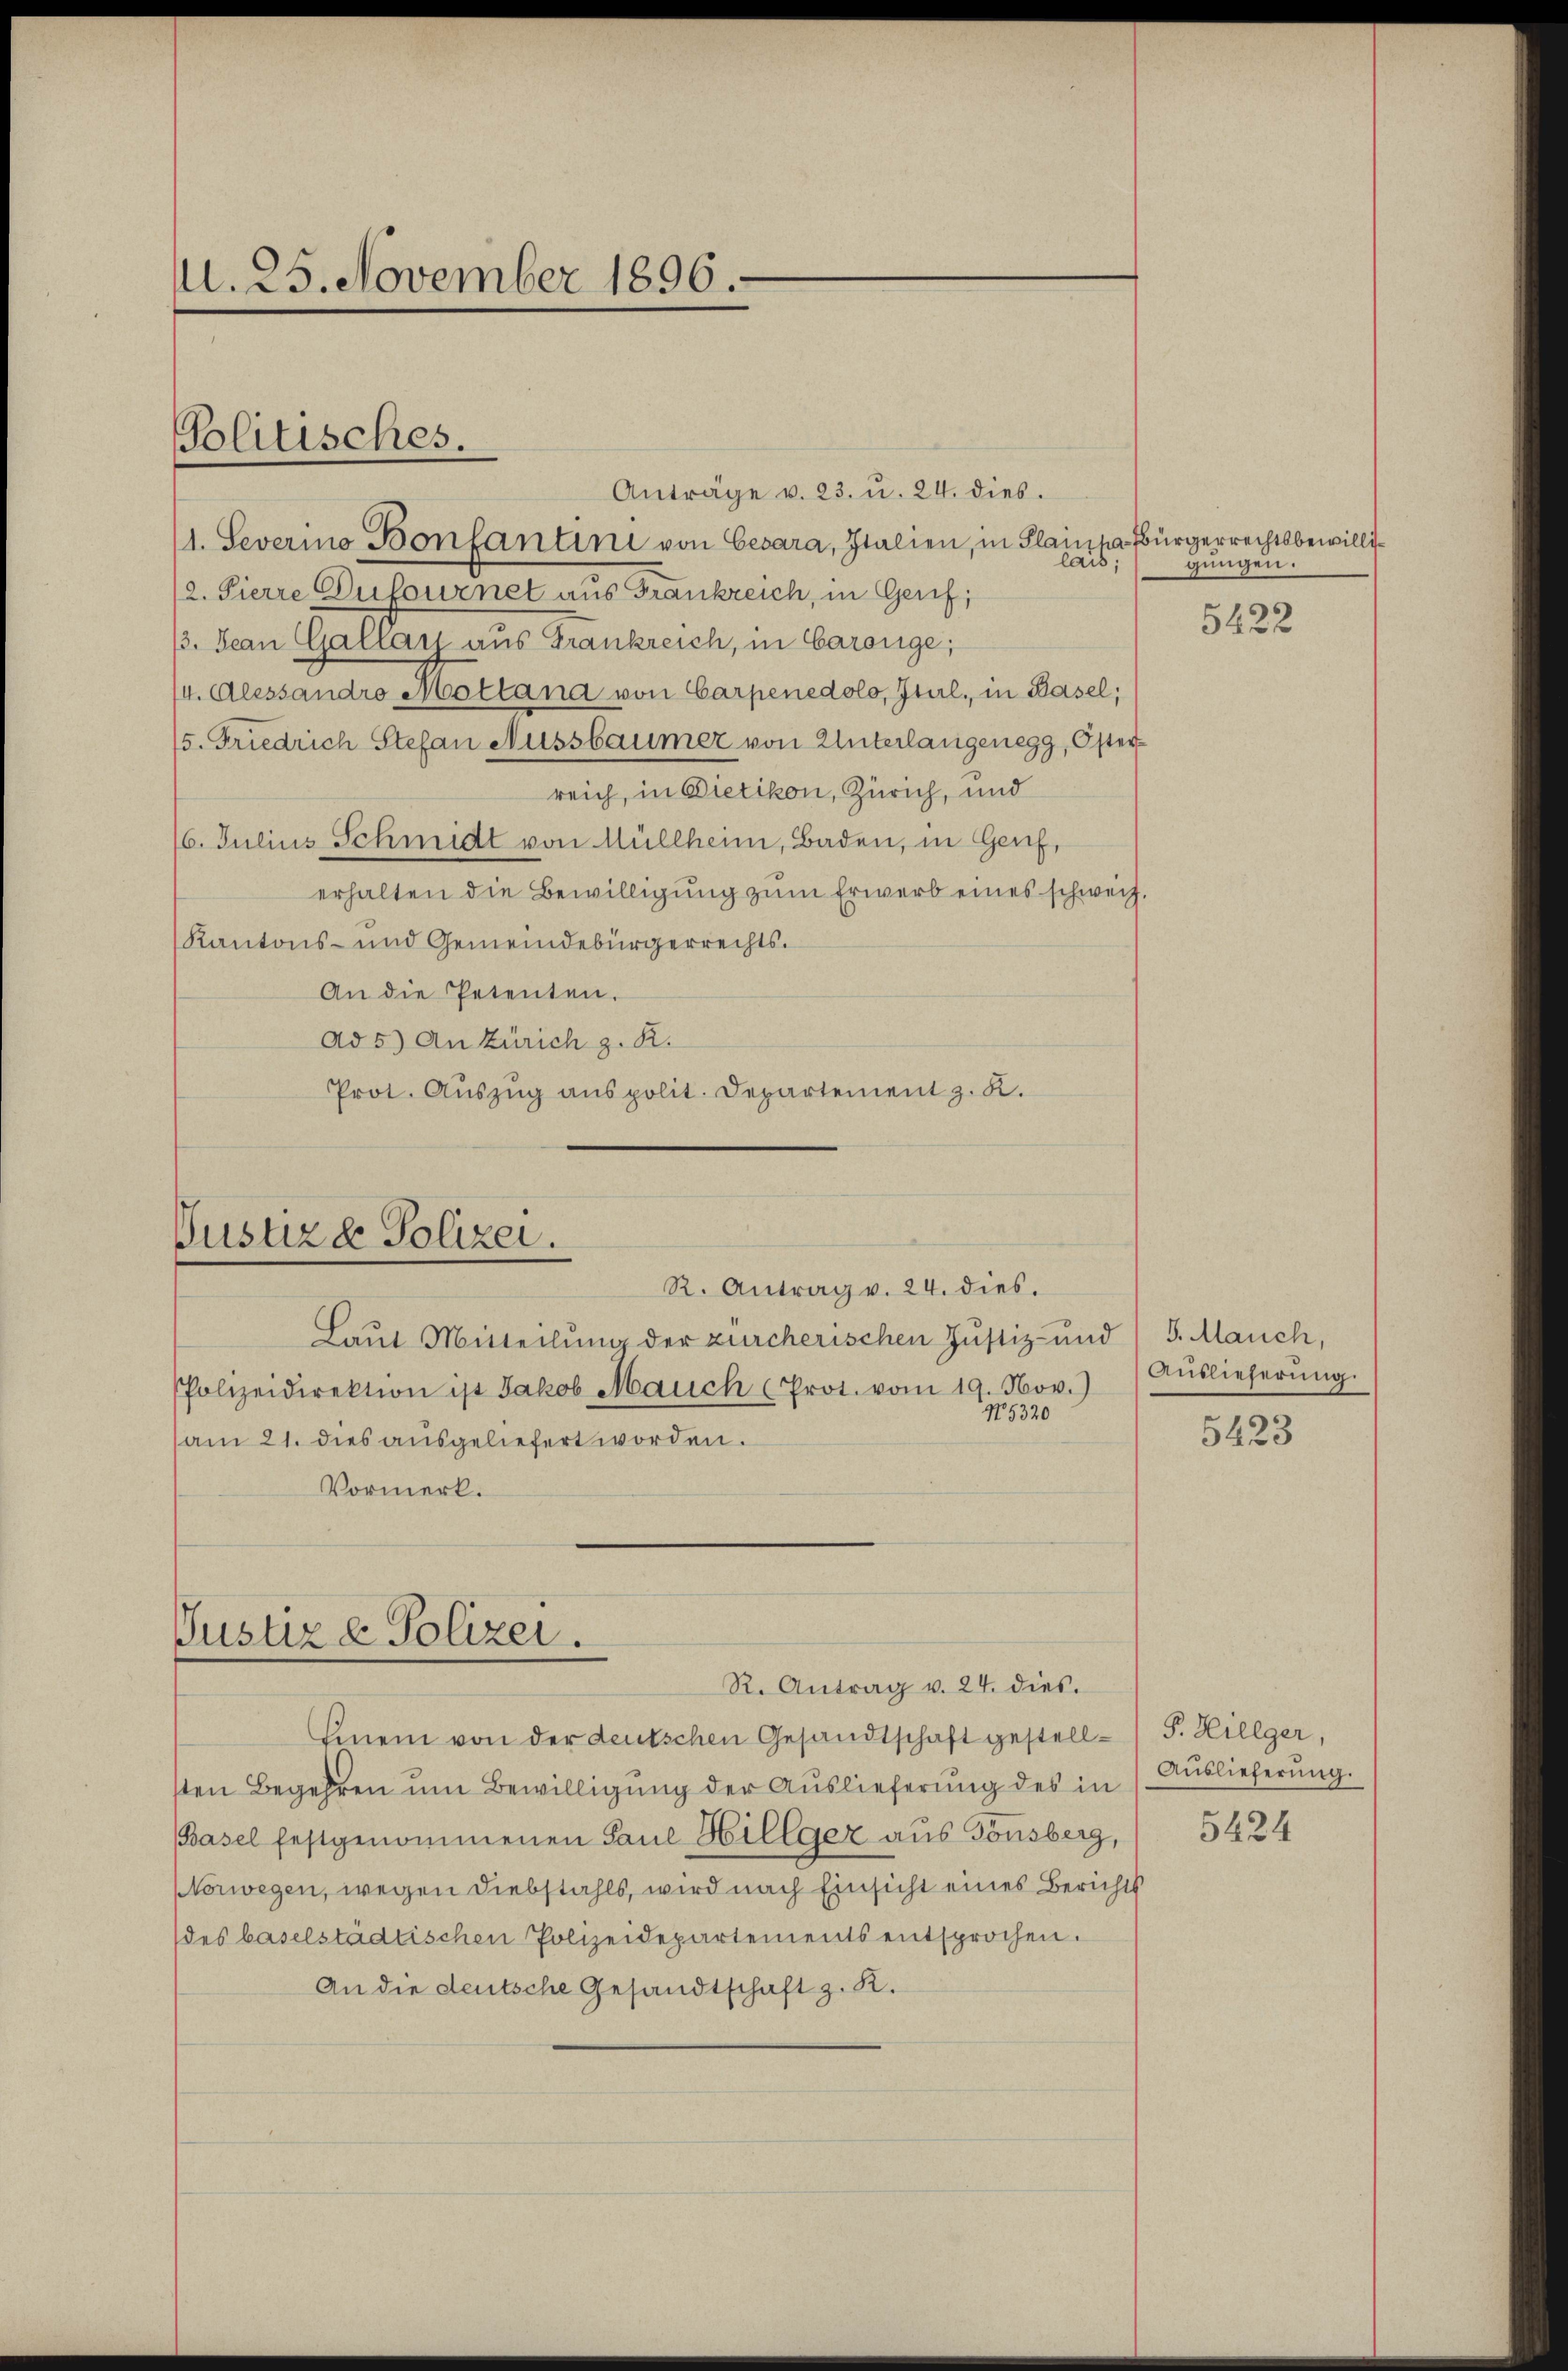
. 25. November 1896.

Politisches.

Anträge v. 23. u. 24. dies
11. Severino Bonfantini von Cesara, Italien, in Plainta Bürgerrechtsbewilli¬
12. Fierre Dufournet aus Frankreich, in Genf;
3. Jean Gallars aus Frankreich, in Garange;
(4. Alessandro Mottand von Carpenedolo, Ital, in Basel;
/5. Friedrich Stefan Aussbaumer von Unterlangenegg, Österreich, in Bietikon, Zürich, und
16. Julius Schmidt von Müllheim, Baden, in Genf,
erhalten die Bewilligung zum Erwerb eines schweiz.
Kantons- und Gemeindebürgerrechts.
An die Petenten.
Ad 5) An Zürich z. R.
Prot. Auszug aus polit. Departement z. K.

Justiz & Polizei.
R. Antrag v. 24. dies.

Justiz - Polizei.

Laut Mitteilung der zürcherischen Justiz- und 15. Mauch,
PPolizeidirektion ist Jakob Mauch (Prot. vom 19. Nov.
No. 5320
am 21. dies ausgeliefert worden.
Vormerk.

R. Antrag v. 24. dies

lais;
gungen.

hinein von der deutschen Gesandtschaft gestellsten Begehren um Bewilligung der Auslieferung des in
Basel festgenommenen Paul Hillger aus Tonsberg,
Norwegen, wegen Diebstahls, wird nach Einsicht eines Berichts
(des baselstädtischen Polizeidepartements entsprochen.
An die deutsche Gesandtschaft z. K.

5422

Auslieferung.

5423

P. Hillger,
Auslieferung.

5424